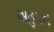
અહપન